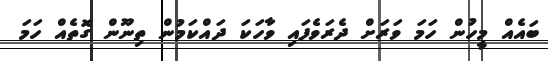
ބައެއް މީހުން ހަމަ ވަރަށް ދެރަވެފައި ވާހަކަ ދައްކަމުން ތިނޫން ގޮތެއް ހަމަ